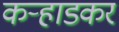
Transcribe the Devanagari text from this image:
कऱ्हाडकर